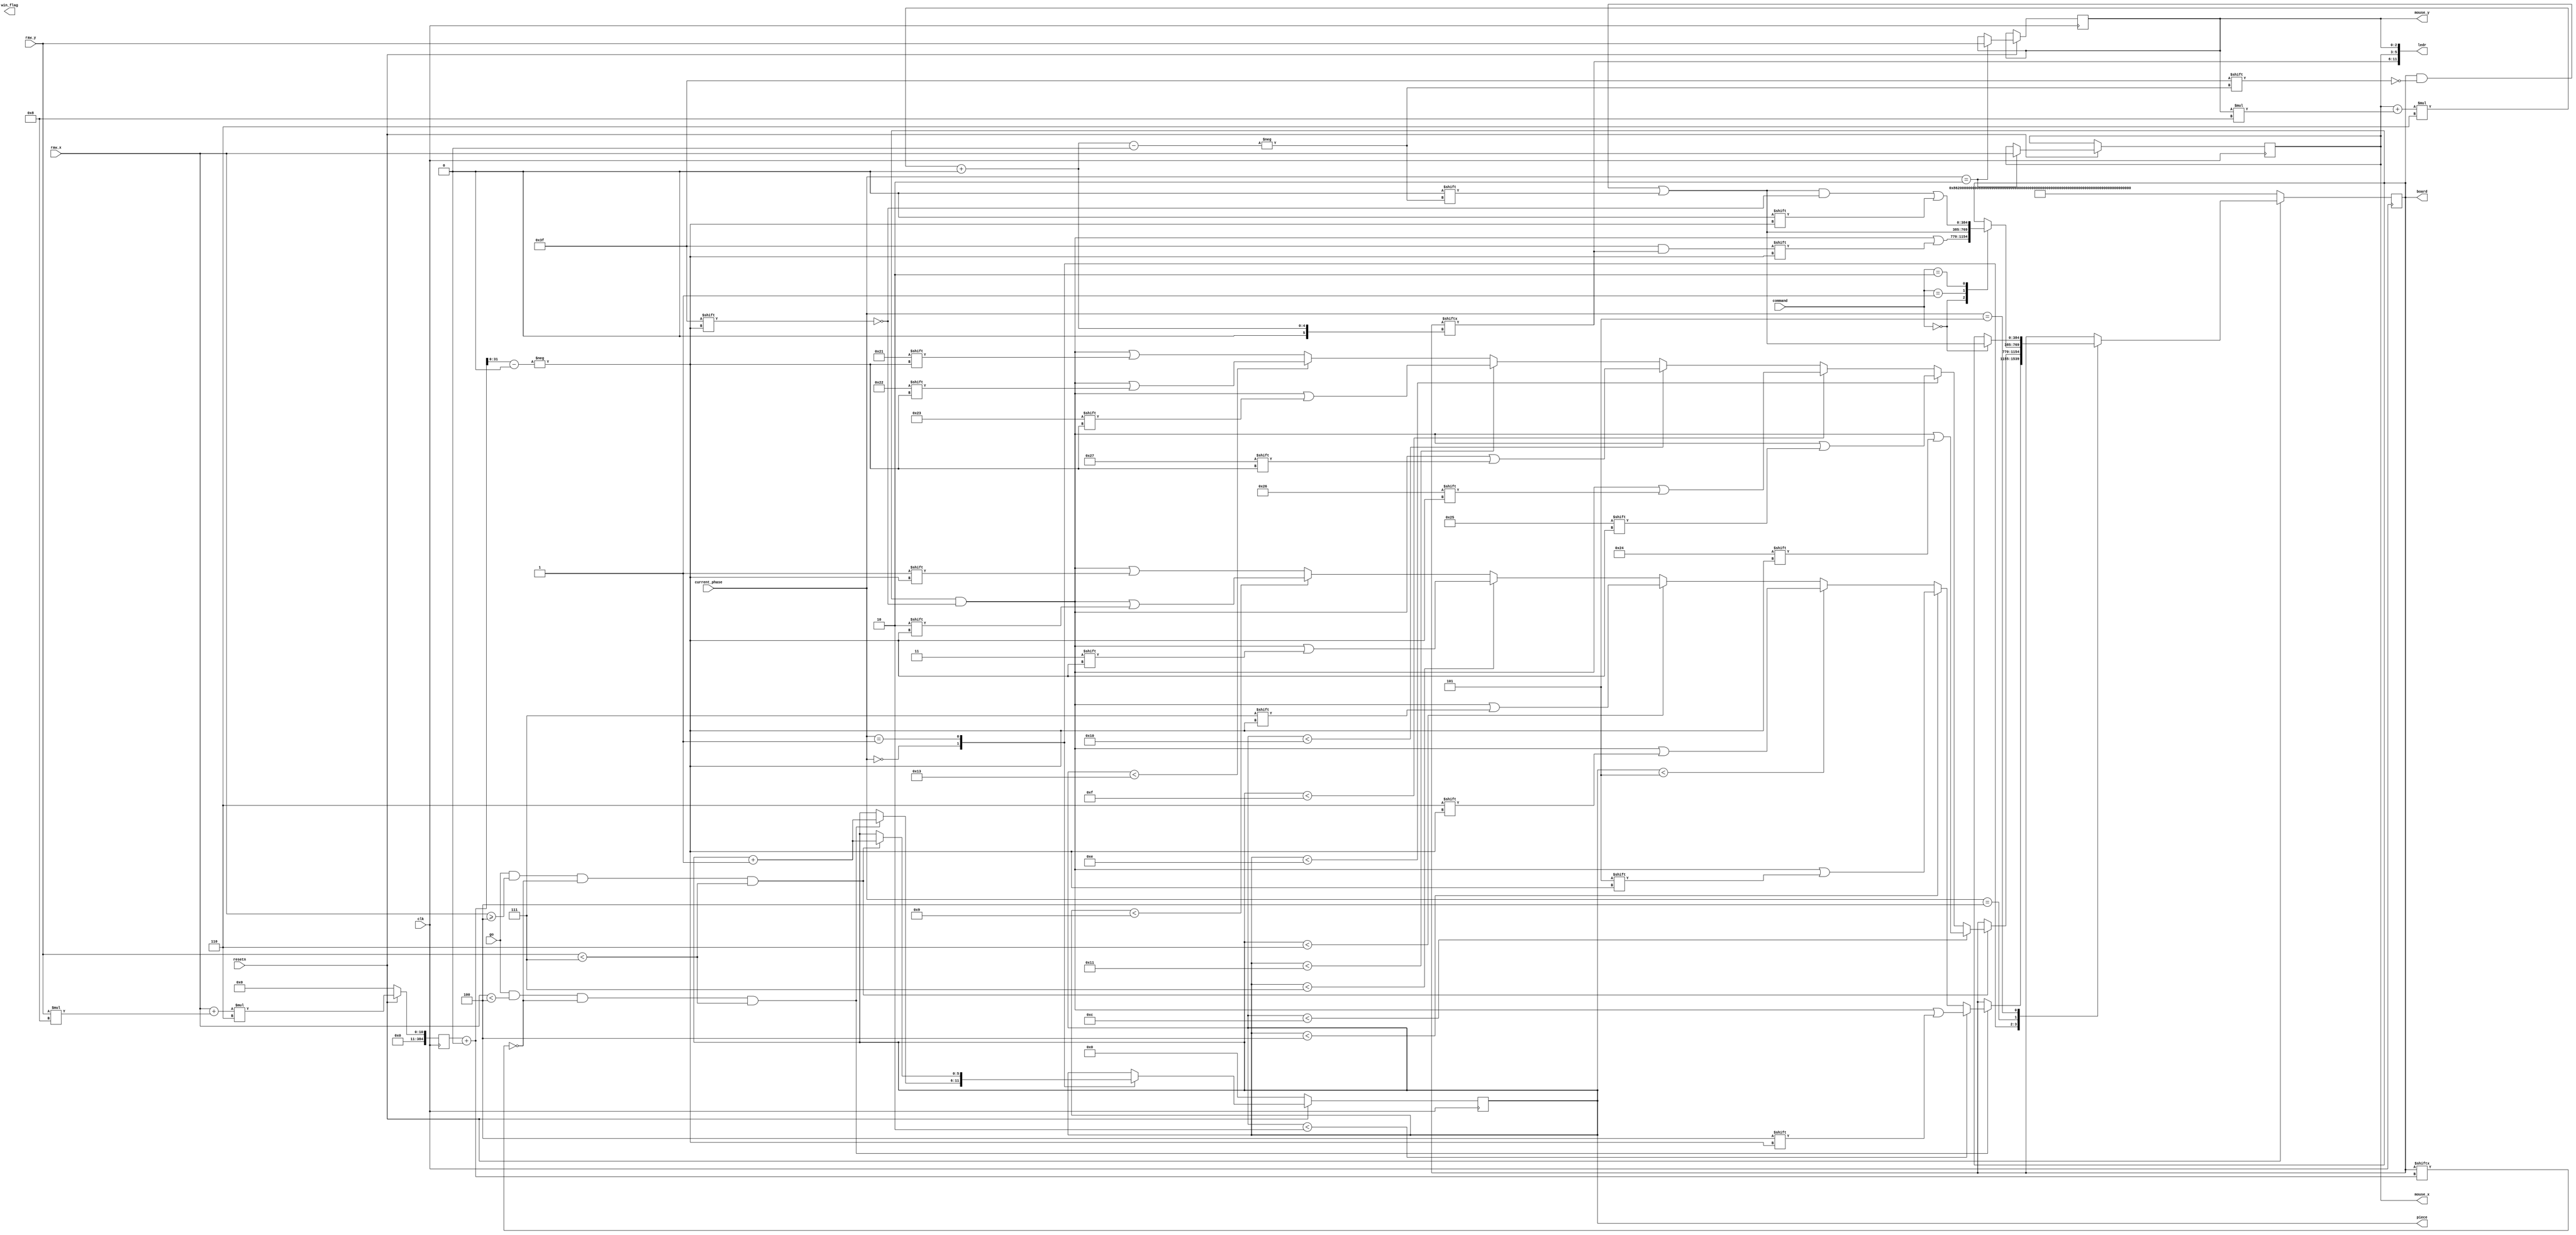
module datapath(
    input clk,
    input resetn,
	//mouse
	input [2:0] raw_x,
	input [2:0] raw_y,
	//gameplay
		//for to place pieces
		output reg [5:0] piece,
		
		//what phase you are on
		input [2:0] current_phase,
		
		input [1:0]command, //tells the controler that you will capture a piece or you have just moved your piece.		
		//tells the game someone one
		output reg win_flag,
	
		input go, //like an enter button
		output reg [2:0] mouse_x,
		output reg [2:0] mouse_y,
				
	//debuging 
		output [11:0] ledr,

//board registers size is 8x8 x 6
	output reg [384:0] board//to access the board memory, do (x + y*8 ) * 6
    );
    
	
    // input registers
	reg [2:0] c_r;
	reg [7:0] x_r;
	reg [6:0] y_r;

	
	/*
		information on the pieces
		000000 - Empty
		111111 - Cannot move to
		first bit is 0 or 1, red or blue team respectivly
		 00001 - (2) x2
		 00010 - (3) x2 begin
		 00011 - (9) x1 
		 00100 - (10)x1 
		 00101 - (s) x1 
		 00111 - (b) x2 
		 01000 - (f) x1
	*/
	
	
	//score tracker
	reg [50:0] score;
	
	
	//Save positions
	reg [384:0] pos;
	
	// Mouses should be inputs?
	// mouse_y should be SW[7:4]
	// mouse_x should be SW[3:0]
	
	//turn counter
	reg turn;
	
	//for capturing
	localparam
	C_CAPTURE = 2'b00,
	C_DIE	= 2'b01,
	C_TRADE= 2'b10;
	
	localparam
		//drawing states
		REMOVE_SQUARE = 2'd0, // Change a square to be Black
		DRAW_SQUARE = 2'd1,
		DRAW_LETTER = 2'd2,
		DRAW_CURSOR = 2'd3;
		
	localparam
		//moving states
		S_P1_START = 3'b000,
		S_P2_START = 3'b001,
		S_TURN =  3'b010,
		S_MOVE =  3'b011,
		S_CAP =   3'b100,
		S_CAP2 =  3'b101,
		S_STATE1 =  3'b110,
		S_DEAD =   3'b111;
		
	
	localparam
		//units use {1'bx,y} where x = {0,1} (the team) and y is one of the following excluding the last 2
		U_F	=5'b00001,
		U_B	=5'b00010,
		U_S	=5'b00011,
		U_2 =5'b00100,
		U_3	=5'b00101,
		U_9	=5'b00110,
		U_10=5'b00111,
		U_P = 5'b01000,
		U_1 = 5'b01001,
		U_W = 5'b01010,
		U_I = 5'b01011,
		U_N = 5'b01100,
		U_BLANK = 6'b000000,
		U_NMOVE = 6'b111111;
		
	assign ledr[11:6] = board[ (mouse_x[2:0] + mouse_y[2:0] * 4'd8) * 4'd6+:6];
	assign ledr[2:0] = mouse_y;
	assign ledr[5:3] = mouse_x;
	//assign ledr[5:0] = board[ (mouse_x[2:0] + mouse_y[2:0] * 4'd8) * 4'd6 +:6];
	//GAME LOGIC! including placing pieces down
	always@(posedge clk) begin
		if(!resetn) begin
			board = 1'b0;
			pos <= 1'b0;
		end 
		else begin
			//if (go)
			pos <= (raw_x[2:0] + raw_y[2:0] * 4'd8) * 4'd6;
			
			case (current_phase)
				S_P1_START: begin
					//check if button is pressed, your x value is in the left side, and you are choosing an empty spot
					
					// if (go ...) pos <= 1'b1;
					//
					
					if (go  && (raw_x[2:0] < 3'd4) && board[ pos+:6] == 1'b0 && (raw_y[2:0]<4'd7)) begin
						//add pieces to the game board memory
						//loads scout then 3 then 9 and so on...
						if (piece < 2'd2)
						begin
							board[ pos+:6] <= {1'b0,U_2};
						end
						else if (piece < 4'd4) board[ pos+:6] <= {1'b0,U_3};//(3)
						else if (piece < 4'd5) board[ pos+:6] <= {1'b0,U_9}; //(9)
						else if (piece < 4'd6) board[ pos+:6] <= {1'b0,U_10}; //(10)
						else if (piece < 4'd7) board[ pos+:6] <= {1'b0,U_S}; //(s)
						else if (piece < 4'd9) board[ pos+:6] <= {1'b0,U_B}; //(b)
						else				board[ pos+:6] <= {1'b0,U_F}; //(f)
						piece <= piece + 1'b1;
					end
				end
				S_P2_START: begin
					//check if button is pressed, your x value is in the right side, and you are choosing an empty spot
					if (go && raw_x[2:0] >= 3'd4 && board[ pos+:6] == 1'b0&&raw_y[2:0]<4'd7) begin
						//add pieces to the game board memory
						//loads scout then 3 then 9 and so on...
						if (piece < 5'd12) 		board[ pos+:6] <= {1'b1,U_2}; //(2)
						else if (piece < 5'd14) board[ pos+:6] <= {1'b1,U_3}; //(3)
						else if (piece < 5'd15) board[ pos+:6] <= {1'b1,U_9}; //(9)
						else if (piece < 5'd16) board[ pos+:6] <= {1'b1,U_10}; //(10)
						else if (piece < 5'd17) board[ pos+:6] <= {1'b1,U_S}; //(s)
						else if (piece < 5'd19) board[ pos+:6] <= {1'b1,U_B}; //(b)
						else				board[ pos+:6] <= {1'b1,U_F}; //(f)
						piece <= piece + 1'b1;
					end
				end
				//S_STATE1: not used here
				S_TURN: begin	
					mouse_y[2:0] <= raw_y[2:0];				
					mouse_x[2:0] <= raw_x[2:0];
				end	
					//updates target space first
				S_CAP:
				begin
					case (command)
						//overwrite the target spot
						C_CAPTURE:
						begin
							board[ pos+:6] <= board[ (mouse_x + mouse_y * 4'd8) * 4'd6 +: 6];
						end
						//your unit dies
						C_DIE: board[ (mouse_x + mouse_y * 4'd8) * 4'd6 +:6] <= 6'b000000;
						//both unit dies
						C_TRADE:
						begin
							board[ (mouse_x + mouse_y * 4'd8) * 4'd6+:6] <= 6'b000000;
							board[ pos+:6] <= 6'b000000;
						end
					endcase
				end
				//updates your last position
				S_CAP2:
				begin
					case (command)
						//overwrite the target spot for capture
						C_CAPTURE:
						begin
							board[ (mouse_x + mouse_y * 4'd8) * 4'd6+: 6] <= 6'b000000;
						end
					endcase
				end
			endcase
		end
	
    // Registers a, b, c, x with respective input logic
        if(!resetn) begin
				piece <= 1'd0;
				board <= 336'b100001_100010_000000_000000_000000_000000_000000_000000_100010_100011_000000_000000_000000_000000_000000_000000_100100_100100_000000_111111_111111_000000_000111_000110_100101_100111_000000_000000_000000_000000_000101_000101_100000_100000_000000_111111_111111_000000_000100_000100_000000_000000_000000_000000_000000_000000_000011_000010_000000_000000_000000_000000_000000_000000_000010_000001;
        end
      end
    
endmodule